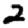
Digit: 2